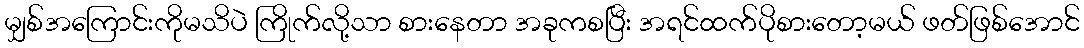
မျှစ်အကြောင်းကိုမသိပဲ ကြိုက်လို့သာ စားနေတာ အခုကစပြီး အရင်ထက်ပိုစားတော့မယ် ဖတ်ဖြစ်အောင်